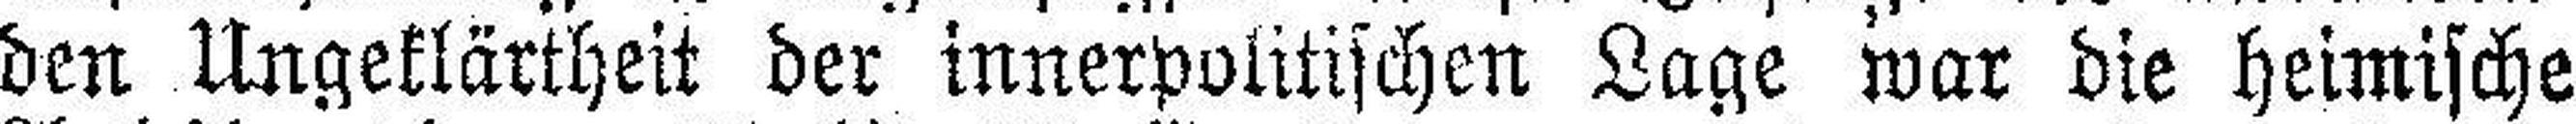
den Ungeklärtheit der innerpolitischen Lage war die heimische